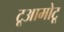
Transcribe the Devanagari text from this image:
टूआमोटू